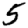
Digit: 5